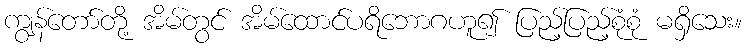
ကျွန်တော်တို့ အိမ်တွင် အိမ်ထောင်ပရိဘောဂဟူ၍ ပြည့်ပြည့်စုံစုံ မရှိသေး။